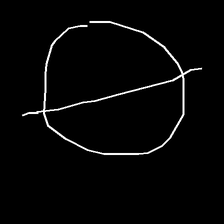
Glyph: orb